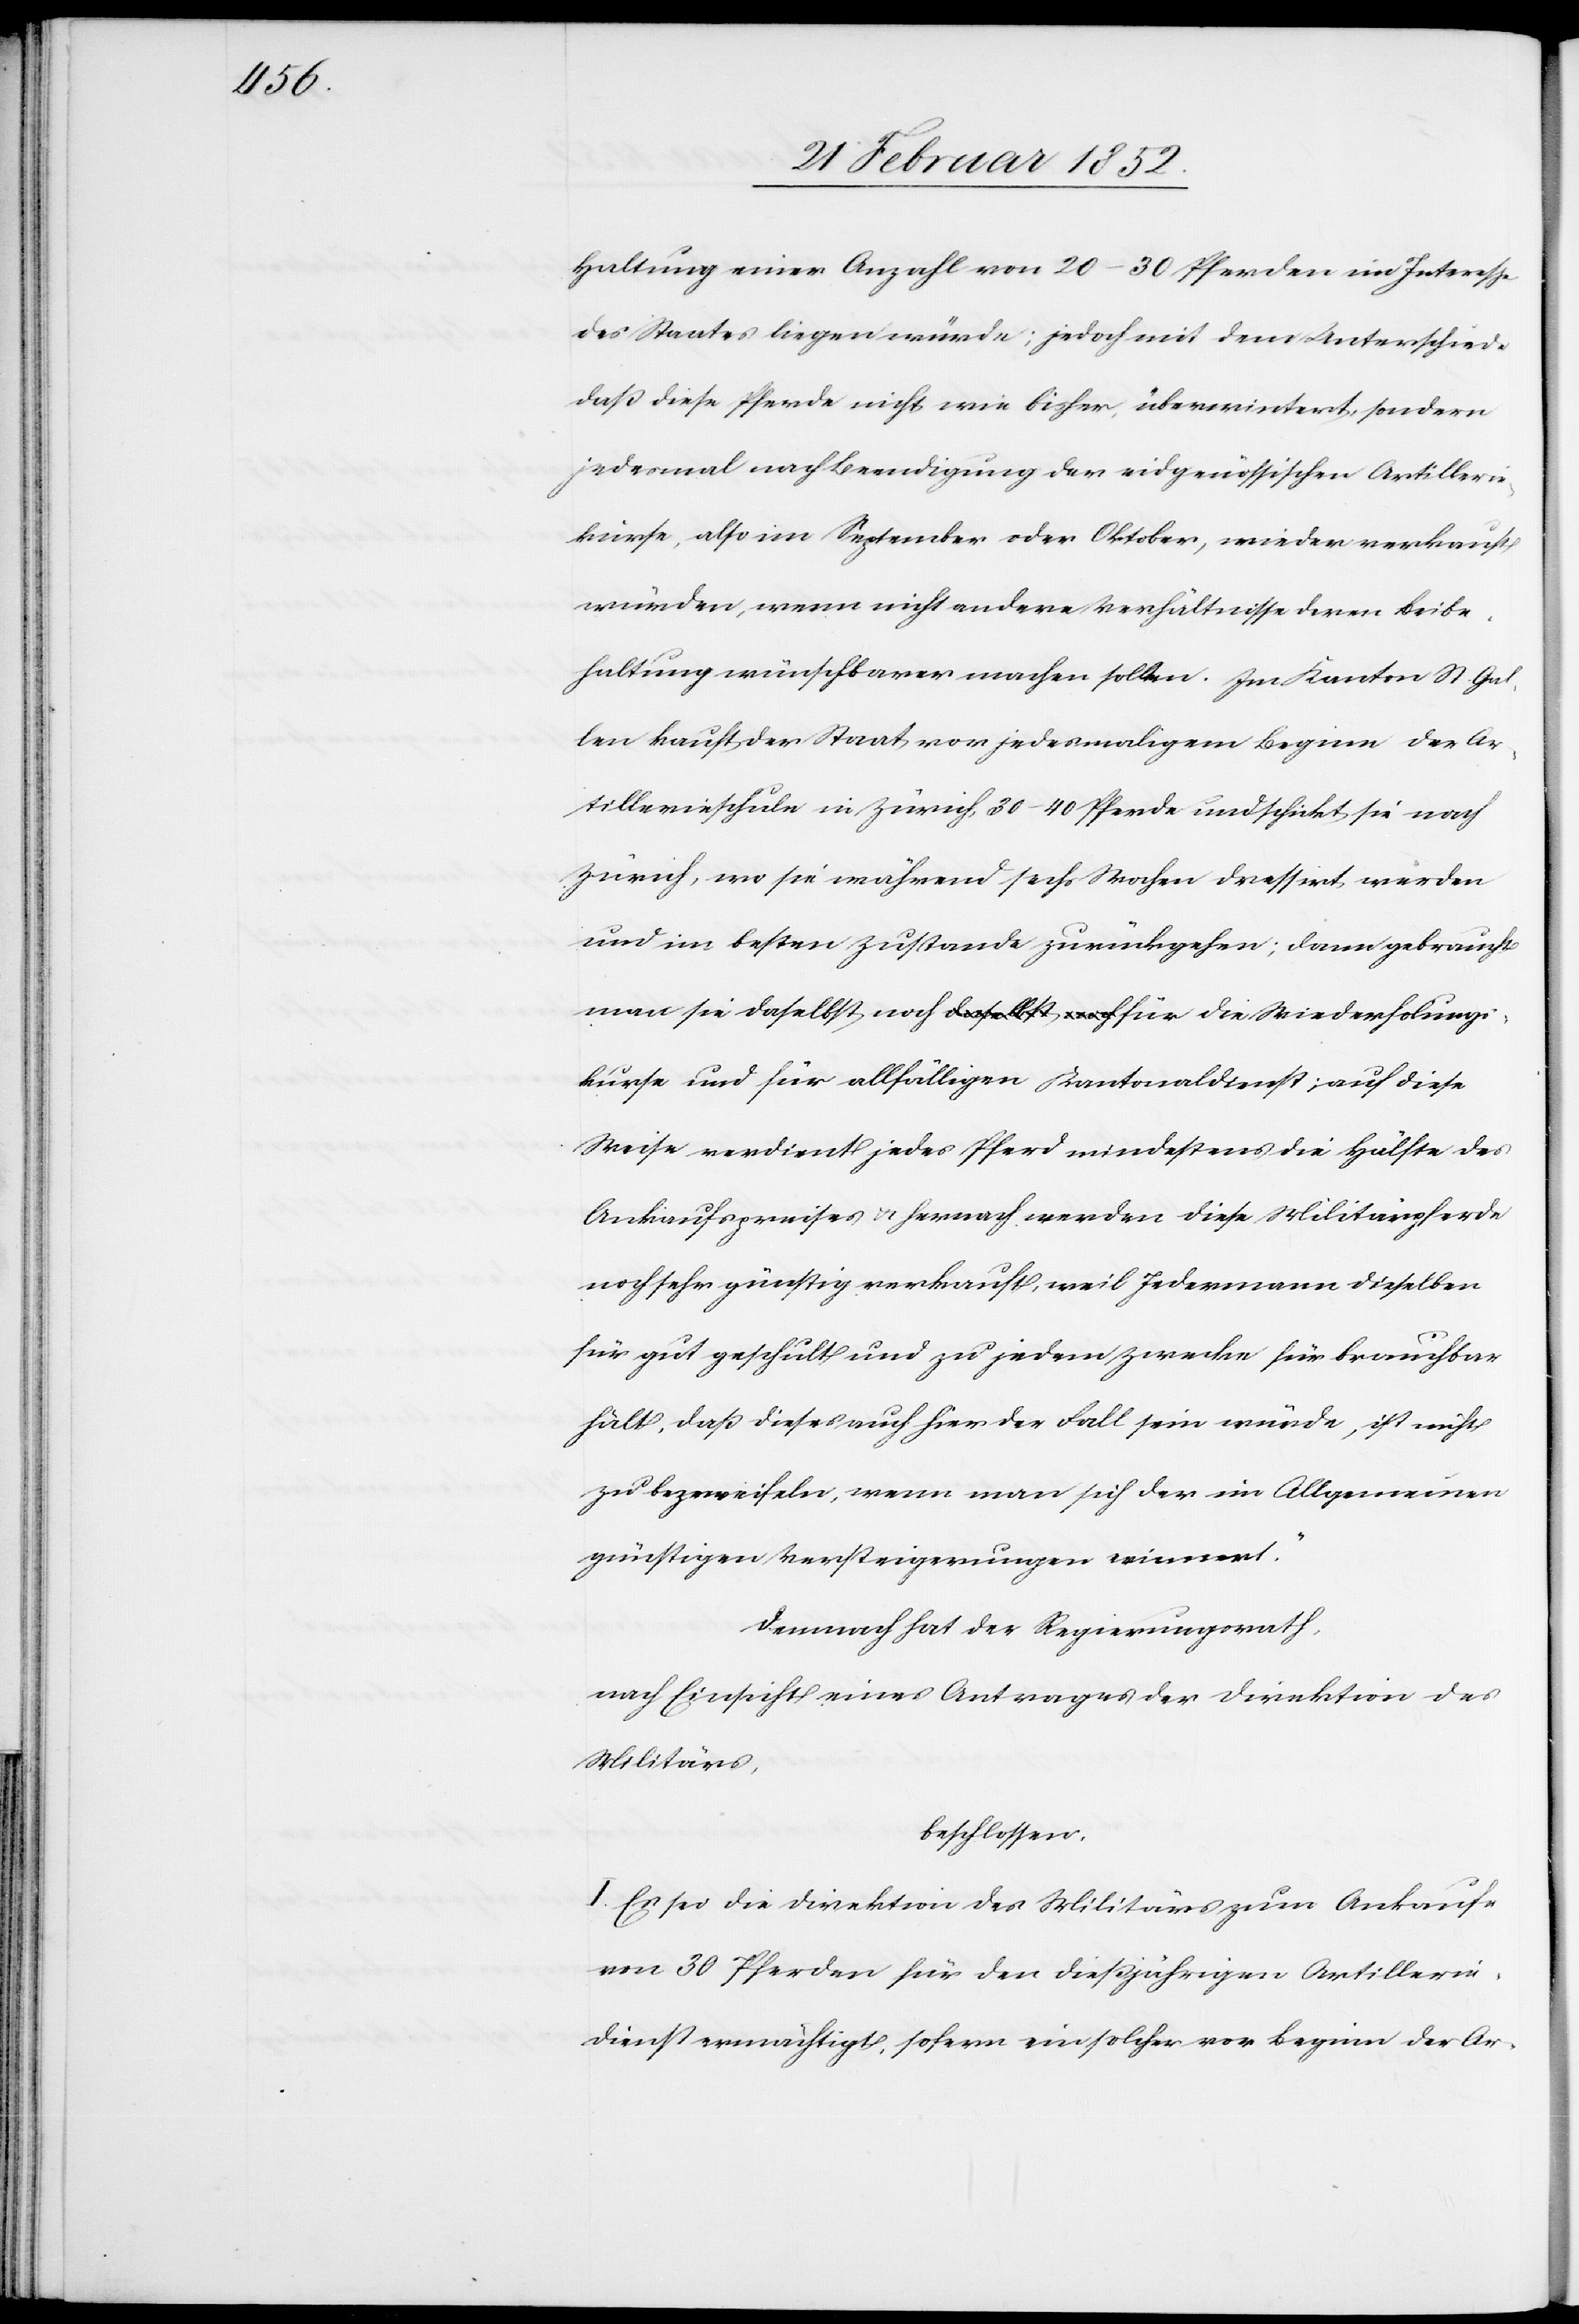
dienst;

Haltung einer Anzahl von 20–30 Pferden im Interesse
des Staates liegen würde; jedoch mit dem Unterschiede
daß diese Pferde nicht wie bisher überwintert, sondern
jedesmal nach Beendigung der eidgenössischen Artillerie¬
kürse, also im September oder Oktober, wieder verkauft
würden, wenn nicht andere Verhältnisse deren Beibe¬
haltung wünschbarer machen sollen. Im Kanton St. Gal¬
len kauft der Staat vor jedesmaligem Beginn der Ar¬
tillerieschule in Zürich, 30–40 Pferde und schickt sie nach
Zürich, wo sie während sechs Wochen dressirt werden
und im besten Zustande zurückgehen; dann gebraucht
man sie daselbst noch für die Wiederholungskurse und für allfälligen Kantonal¬
Weise verdient jedes Pferd mindestens die Hälfte des
Ankaufspreises u. hernach werden diese Militärpferde
noch sehr günstig verkauft, weil Jedermann dieselben
für gut geschult und zu jedem Zwecke für brauchbar
hält, daß dieses auch hier der Fall sein würde, ist nicht
zu bezweifeln, wenn man sich der im Allgemeinen
günstigen Versteigerungen erinnert.“
Demnach hat der Regierungsrath:
nach Einsicht eines Antrages der Direktion des
Militärs,
beschlossen.
I. Es sei die Direktion des Militärs zum Ankaufe
von 30 Pferden für den dießjährigen Artillerie¬
dienst ermächtigt, sofern ein solcher vor Beginn der Ar-